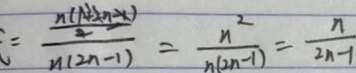
= \frac { \frac { n ( 1 + 2 n - 1 ) } { 2 } } { n ( 2 n - 1 ) } = \frac { n ^ { 2 } } { n ( 2 n - 1 ) } = \frac { n } { 2 n - 1 }